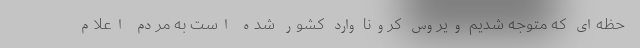
حظه‌ای که متوجه شدیم ویروس کرونا وارد کشور شده است به مردم اعلام